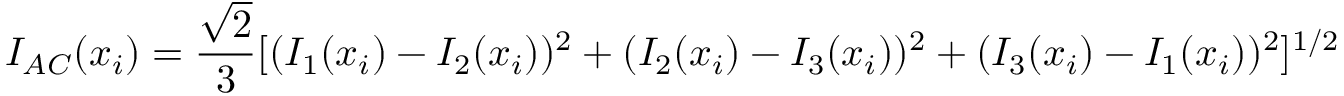
I _ { A C } ( x _ { i } ) = \frac { \sqrt { 2 } } { 3 } [ ( I _ { 1 } ( x _ { i } ) - I _ { 2 } ( x _ { i } ) ) ^ { 2 } + ( I _ { 2 } ( x _ { i } ) - I _ { 3 } ( x _ { i } ) ) ^ { 2 } + ( I _ { 3 } ( x _ { i } ) - I _ { 1 } ( x _ { i } ) ) ^ { 2 } ] ^ { 1 / 2 }